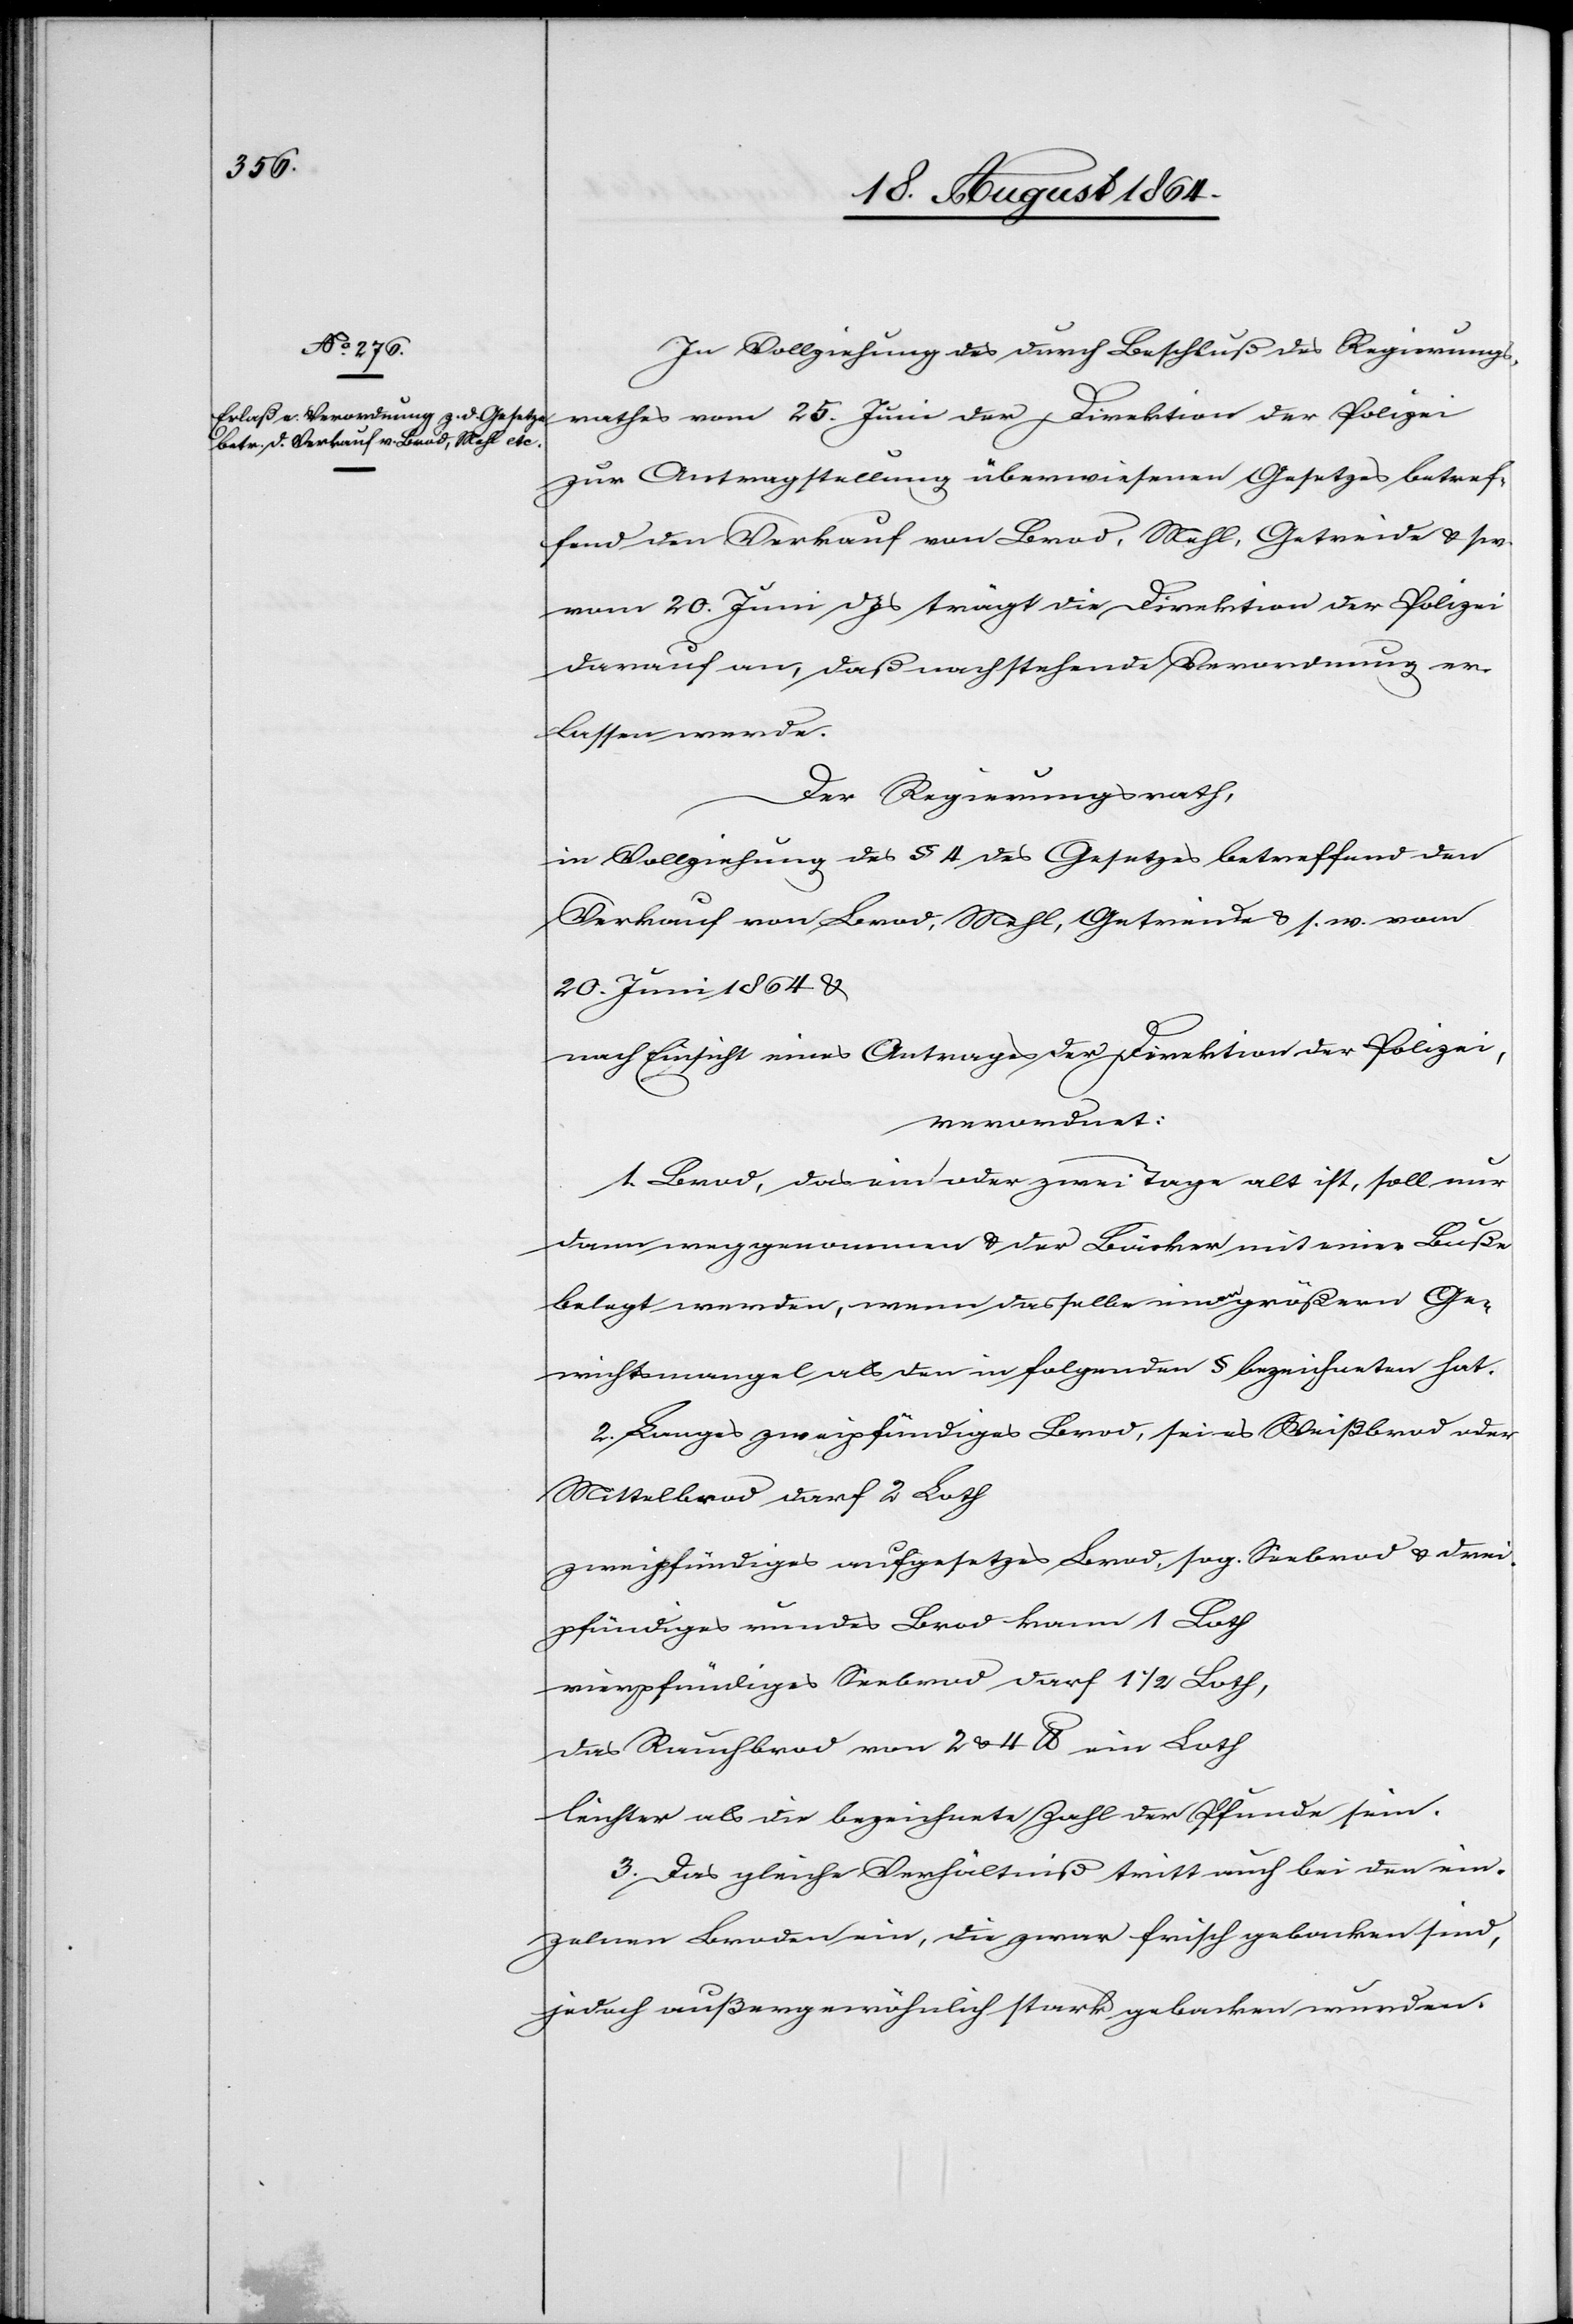
In Vollziehung des durch Beschluß des Regierungs¬
rathes vom 25. Juni der Direktion der Polizei
zur Antragstellung überwiesenen Gesetzes betref¬
fend den Verkauf von Brod, Mehl, Getreide & s. w.
vom 20. Juni d. Js. trägt die Direktion der Polizei
darauf an, daß nachstehende Verordnung er¬
lassen werde.
Der Regierungsrath,
in Vollziehung des § 4 des Gesetzes betreffend den
Verkauf von Brod, Mehl, Getreide & s. w. vom
20. Juni 1864 &
nach Einsicht eines Antrages der Direktion der Polizei
verordnet:
1. Brod, das ein oder zwei Tage alt ist, soll nur
dann weggenommen & der Bäcker mit einer Buße
belegt werden, wenn dasselbe einen größern Ge¬
wichtsmangel als den in folgenden § bezeichneten hat.
2. Langes zweipfündiges Brod, sei es Weißbrod oder
Mittelbrod darf 2 Loth
zweipfündiges aufgesetztes Brod, sog. Seebrod & drei¬
pfündiges rundes Brod kann 1 Loth
vierpfündiges Seebrod darf 1 1/2 Loth,
das Ruchbrod von 2 & 4 lb. ein Loth
leichter als die bezeichnete Zahl der Pfunde sein.
3. Das gleiche Verhältniß tritt auch bei den ein¬
zelnen Broden, die zwar frisch gebacken sind,
jedoch außergewöhnlich stark gebacken wurden.